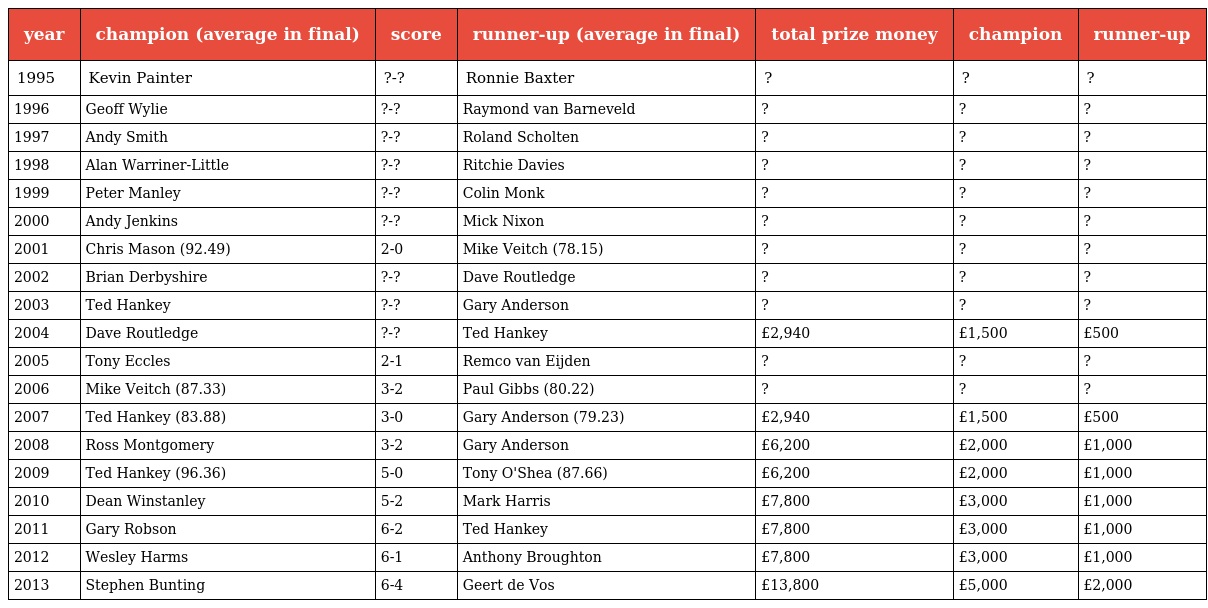
| year | champion (average in final) | score | runner-up (average in final) | total prize money | champion | runner-up |
 | --- | --- | --- | --- | --- | --- | --- |
 | 1995 | Kevin Painter | ?-? | Ronnie Baxter | ? | ? | ? |
 | 1996 | Geoff Wylie | ?-? | Raymond van Barneveld | ? | ? | ? |
 | 1997 | Andy Smith | ?-? | Roland Scholten | ? | ? | ? |
 | 1998 | Alan Warriner-Little | ?-? | Ritchie Davies | ? | ? | ? |
 | 1999 | Peter Manley | ?-? | Colin Monk | ? | ? | ? |
 | 2000 | Andy Jenkins | ?-? | Mick Nixon | ? | ? | ? |
 | 2001 | Chris Mason (92.49) | 2-0 | Mike Veitch (78.15) | ? | ? | ? |
 | 2002 | Brian Derbyshire | ?-? | Dave Routledge | ? | ? | ? |
 | 2003 | Ted Hankey | ?-? | Gary Anderson | ? | ? | ? |
 | 2004 | Dave Routledge | ?-? | Ted Hankey | £2,940 | £1,500 | £500 |
 | 2005 | Tony Eccles | 2-1 | Remco van Eijden | ? | ? | ? |
 | 2006 | Mike Veitch (87.33) | 3-2 | Paul Gibbs (80.22) | ? | ? | ? |
 | 2007 | Ted Hankey (83.88) | 3-0 | Gary Anderson (79.23) | £2,940 | £1,500 | £500 |
 | 2008 | Ross Montgomery | 3-2 | Gary Anderson | £6,200 | £2,000 | £1,000 |
 | 2009 | Ted Hankey (96.36) | 5-0 | Tony O'Shea (87.66) | £6,200 | £2,000 | £1,000 |
 | 2010 | Dean Winstanley | 5-2 | Mark Harris | £7,800 | £3,000 | £1,000 |
 | 2011 | Gary Robson | 6-2 | Ted Hankey | £7,800 | £3,000 | £1,000 |
 | 2012 | Wesley Harms | 6-1 | Anthony Broughton | £7,800 | £3,000 | £1,000 |
 | 2013 | Stephen Bunting | 6-4 | Geert de Vos | £13,800 | £5,000 | £2,000 |